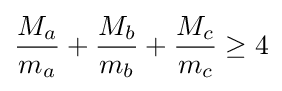
{\frac {M_{a}}{m_{a}}}+{\frac {M_{b}}{m_{b}}}+{\frac {M_{c}}{m_{c}}}\geq 4